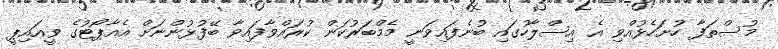
މުސްތަފާ ހުށަހެޅުއްވި އެ އިސްލާހުގައި ބުނެފައިވަނީ މެމްބަރުކަން ކުރައްވާފައިވާ ބޭފުޅުންނަށް އެއާޕޯޓުގެ ވީއައިޕީ